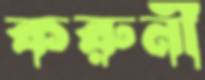
করুনী